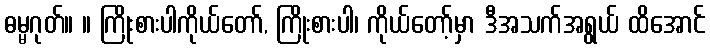
ဓမ္မဂုတ်။ ။ ကြိုးစားပါကိုယ်တော်, ကြိုးစားပါ၊ ကိုယ်တော့်မှာ ဒီအသက်အရွယ် ထိအောင်